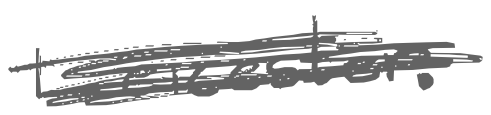
Text: Leicester.
Cross-out: scratch
Writing tool: digital_gray